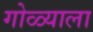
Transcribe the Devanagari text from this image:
गोळ्याला